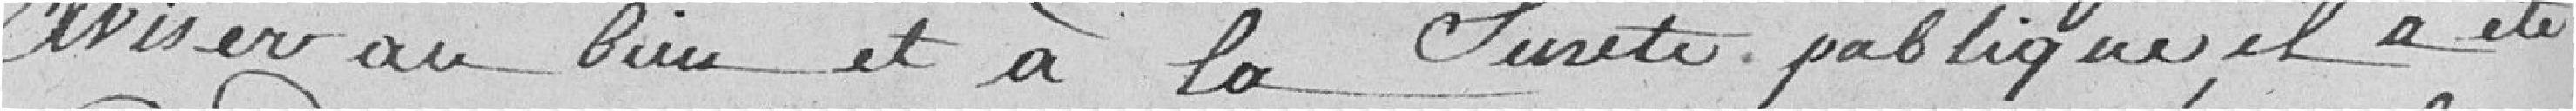
aviser au bien et à la sureté publique, il a été